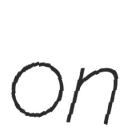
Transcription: on